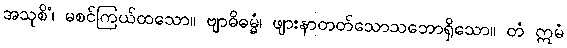
အသုစိံ၊ မစင်ကြယ်ထသော။ ဗျာဓိဓမ္မံ၊ ဖျားနာတတ်သောသဘောရှိသော။ တံ ဣမံ